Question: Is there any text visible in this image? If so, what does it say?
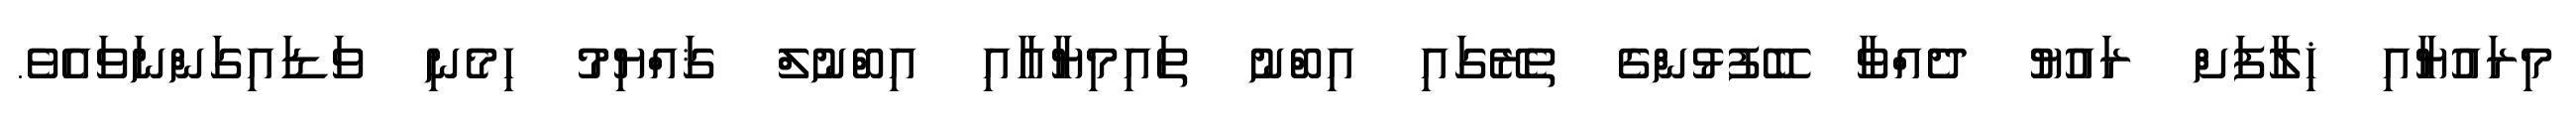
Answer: މިރައުޔާއި ޚިލާފަށް ރައުޔު ދެއްވާ ބޭފުޅުންގެ ތެރޭގައި އިބްނު ތައިމިޔާއާއި އިބްނުލް ޤައްޔިމު ހިމެނި ވަޑައިގަންނަވައެވެ.